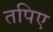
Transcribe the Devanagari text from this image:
तपिए